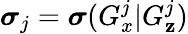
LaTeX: \boldsymbol{\sigma}_{j}=\boldsymbol{\sigma}(G_{x}^{j}|G_{\mathbf{z}}^{j})